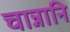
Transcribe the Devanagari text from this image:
चान्नानि